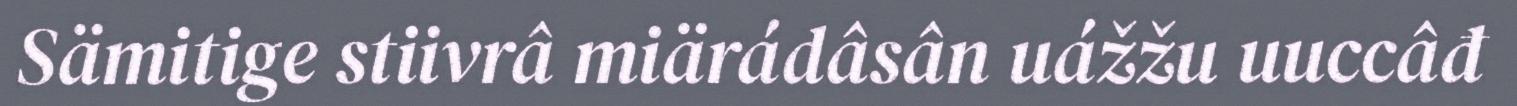
Sämitige stiivrâ miärádâsân uážžu uuccâđ